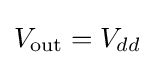
V_{\rm {out}}=V_{dd}